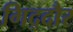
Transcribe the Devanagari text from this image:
गिद्दौर